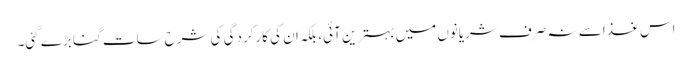
اس غذا سے نہ صرف شریانوں میں بہترین آئی، بلکہ ان کی کارکردگی کی شرح سات گنا بڑے گئی۔